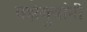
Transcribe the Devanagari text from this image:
वझेबुवांनी